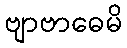
ဗျာဗာဓေမိ